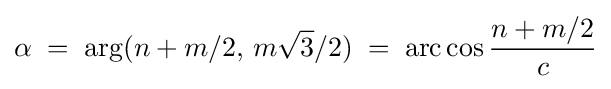
\alpha \;=\;\arg(n+m/2,\,m{\sqrt {3}}/2)\;=\;\mathop {\mathrm {arc} } \cos {\frac {n+m/2}{c}}